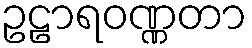
ဥဠာရဝဏ္ဏတာ